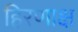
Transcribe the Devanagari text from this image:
हिरणाक्ष